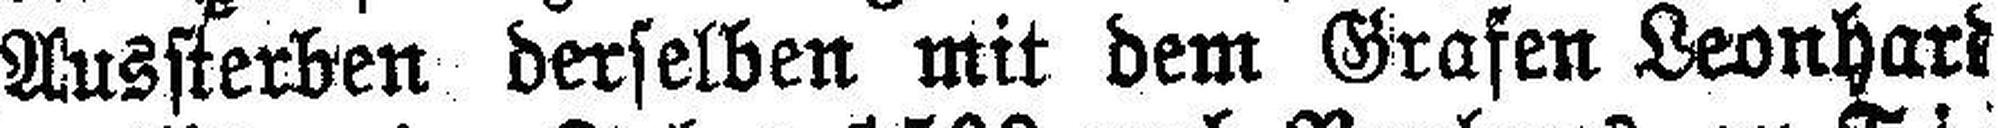
Aussterben derselben mit dem Grafen Leonhard